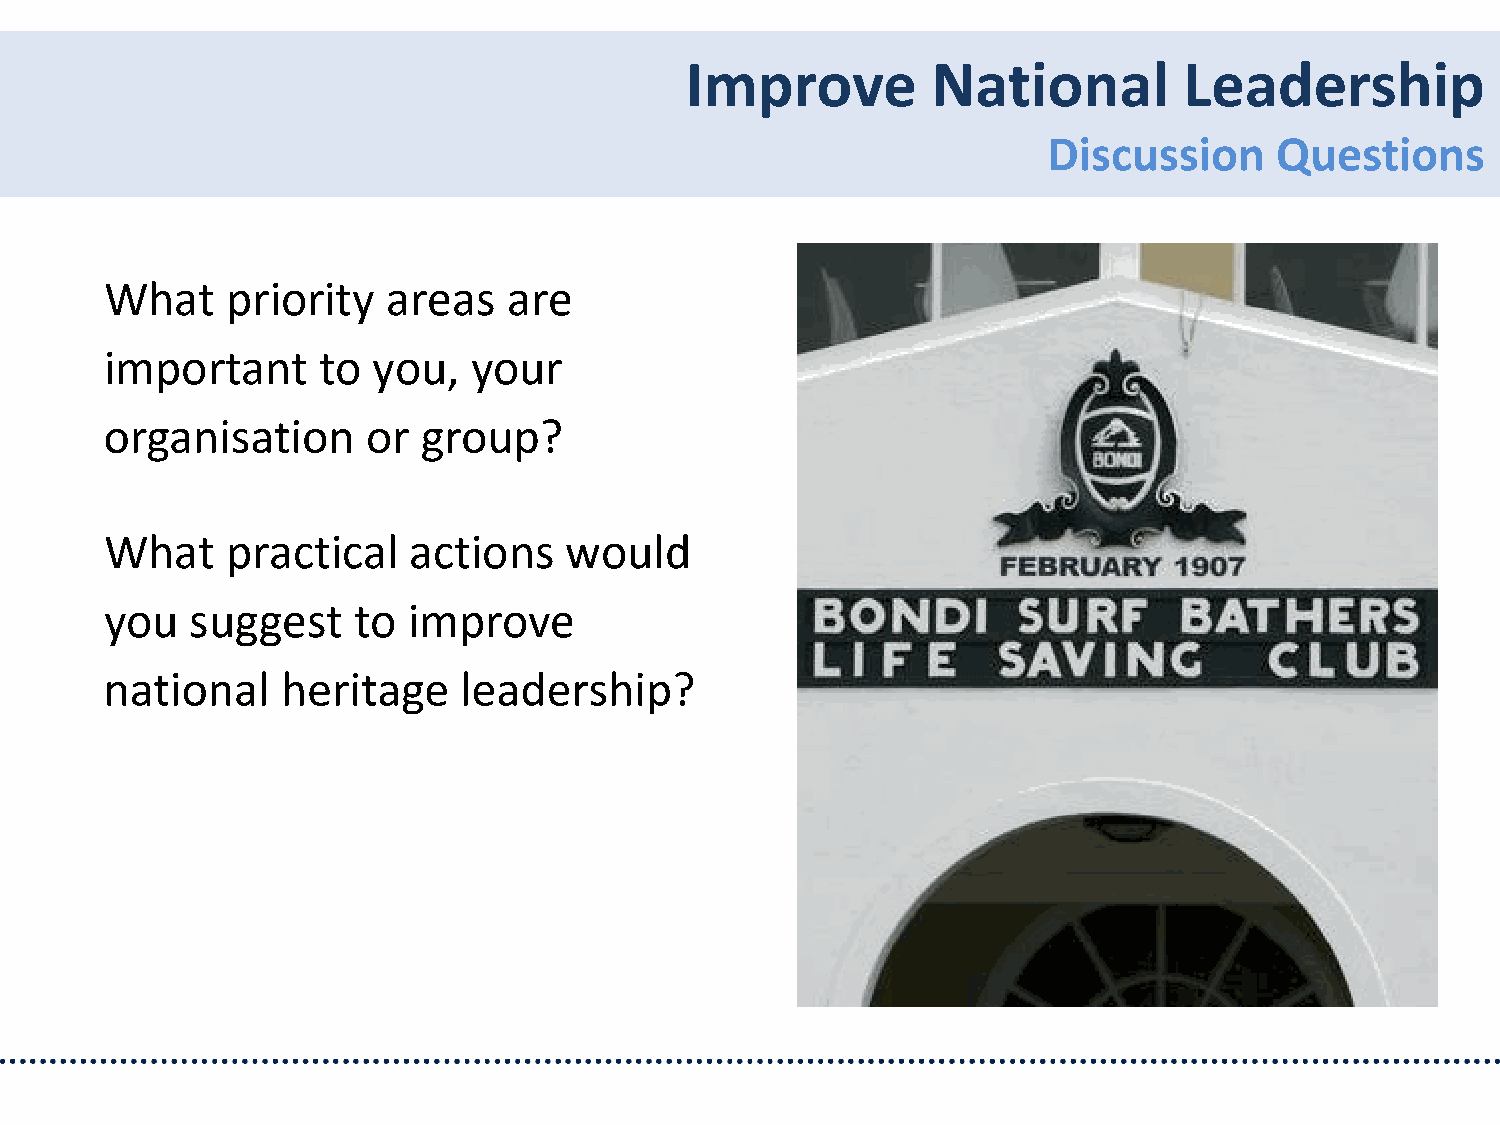
Improve          National        Leadership
 Discussion     Questions
 What    priority   areas   are
 important     to  you,  your
 organisation     or  group?
 What    practical   actions   would
 you   suggest   to  improve
 national    heritage   leadership?